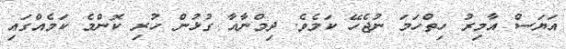
އަޔަސް އާމިރު ހިތްހަމަ ނުޖެހޭ ކަމެވެ. ދިމްނާއާ ގުޅުން ހުރި ކޮންމެ ކަމެއްގައި